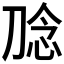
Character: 𭃮